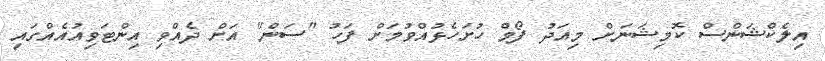
އިލެކްޝަންސް ކޮމިޝަނަށް މިއަދު ފޯމް ހުށަހެޅުއްވުމަށް ފަހު "ސަން" އަށް ދެއްވި އިންޓަވިއުއެއްގައި